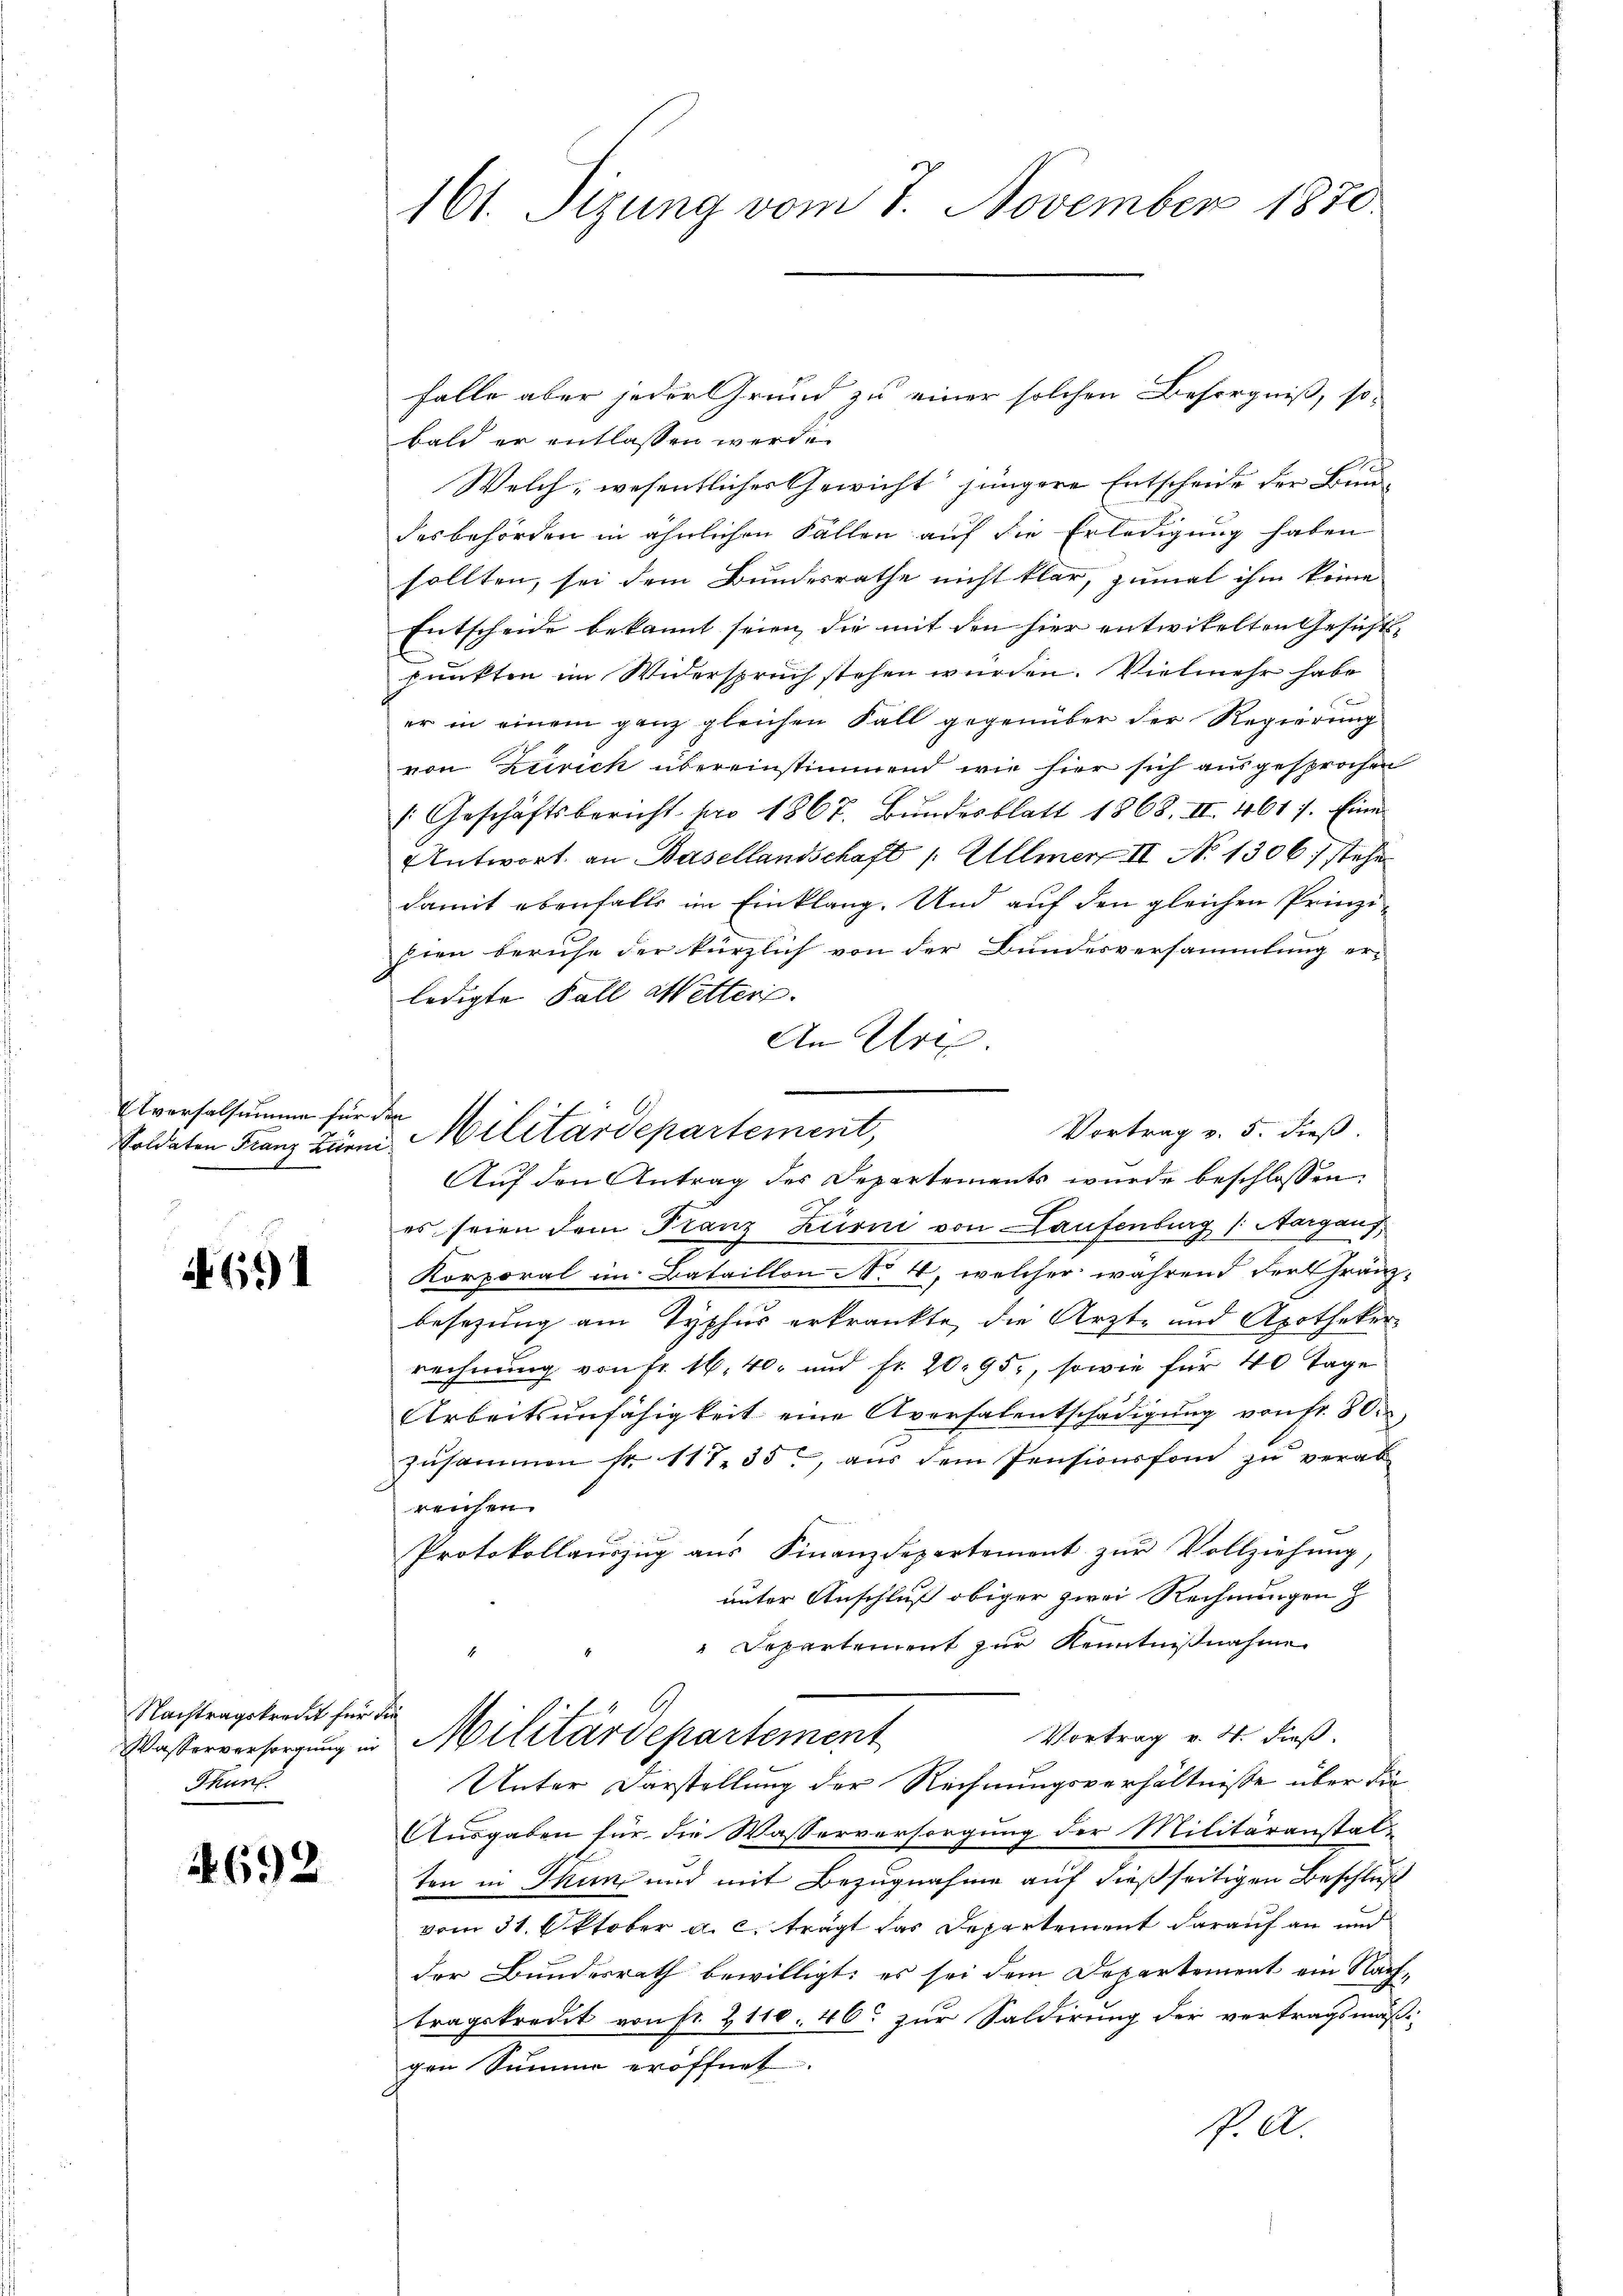
Aversalsumme für
Soldaten Franz zur

691

Nachtragskredit für die
Thun.

1692

161. Sizung vom 7. November 1870.

falle aber jeder Grund zu einer solchen Besorgniß, so-
bald er entlassen werd.
Welch, wesentliches Gewicht jüngere Entscheide der Baudesbehörden in ähnlichen Fällen auf die Erledigung haben
sollten, sei dem Bundesrathe nicht klar, zumal ihm keine
Entscheide bekannt seien, die mit den hier entwikelten Gesichtspunkten im Widerspruch stehen wurden. Vielmehr habe
er in einem ganz gleichen Fall gegenüber der Regierung
von Zürich übereinstimmend, wie hier sich ausgesprochen
/ Geschäftsbericht pro 1867. Bŭndesblatt 1868. II 461 f. Eine
Antwort an Basellandschaft 1: Ullmer II No 1306 stehe
damit ebenfalls im Einklang. Und auf den gleichen Prinzi
hien beruhe der kürzlich von der Bundesversammlung er-
ledigte Fall alletter.
An Urt
e
Aŭf den Antrag des Departements wurde beschlossen:
es seien dem Franz Zurni von Laufenburg (Aargaus,
Korporal im Bataillon N. 4, welcher während der Franzbesezung am Typhus erkränkte, die Arzt- und Apotheker-
rechnung von Fr. 16, 40 und fr. 20. 95, sowie für 40 Tage
Arbeitsunfähigkeit eine Aversalentschädigung von Fr. 80.
zŭsammen fr. 111 35. aŭs dem Pensionsfon zŭ verab-
reichen
Protokollauszug aus Finanzdepartement zŭr Vollziehung,
unter Anschluß obiger zwei Rechnungen
Departement zur Kenntnißnahme
Vortrag v. 4. dieß
Wasserversorgung in Militärdepartement
Unter Darstellung der Rechnungsverhältnisse über die
Ausgaben für die Wasserversorgung der Militäranstal
ten in Thun, und mit Bezugnahme auf dießseitigen Beschluß
vom 31. Oktober a. c. trägt das Departement darauf an und
der Bundesrath bewilligt; es sei dem Departement ein Nachtragskredit von fr. 2110. 46 zur Saldirung der vertragsmäßgen Summe eröffnet.
P.A.

u. Militärdepartement,

Vortrag v. 5. dieß.